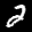
Label: 2